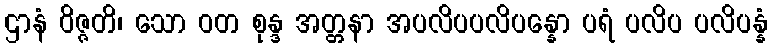
ဌာနံ ဝိဇ္ဇတိ၊ သော ဝတ စုန္ဒ အတ္တနာ အပလိပပလိပန္နော ပရံ ပလိပ ပလိပန္နံ